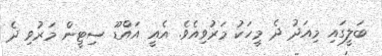
ބަލީގައި މިއަދު ދެ މީހަކު މަރުވިއެވެ. އެއީ އައްޑޫ ސިޓީން މަރުވި ދެ